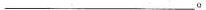
___。